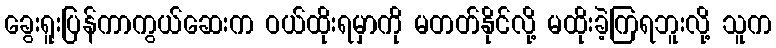
ခွေးရူးပြန်ကာကွယ်ဆေးက ဝယ်ထိုးရမှာကို မတတ်နိုင်လို့ မထိုးခဲ့ကြရဘူးလို့ သူက